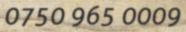
0750 965 0009